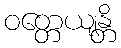
ဝတ္တေယျန္တိ